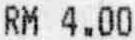
RM 4.00